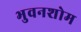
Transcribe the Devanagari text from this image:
भुवनशोम